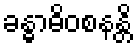
ခန္ဓာဓိဝစနန္တိ